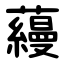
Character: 蘰